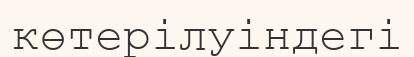
көтерілуіндегі